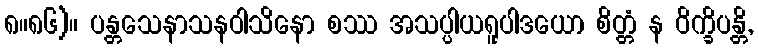
၈။၈၆)။ ပန္တသေနာသနဝါသိနော စဿ အသပ္ပါယရူပါဒယော စိတ္တံ န ဝိက္ခိပန္တိ,